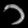
Digit: ၁